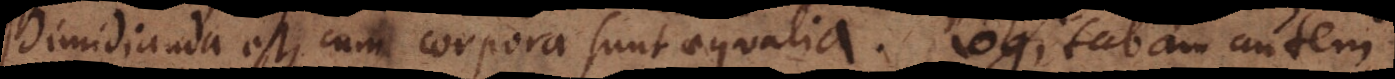
dimidianda est, cum corpora sunt aequalia. Cogitabam autem